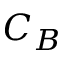
C _ { B }